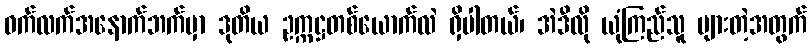
ဝက်လက်အနောက်ဘက်မှာ ဒုတိယ ဥက္ကဋ္ဌတစ်ယောက်လဲ ရှိပါတယ်၊ အဲဒီလို ယုံကြည်သူ များတဲ့အတွက်